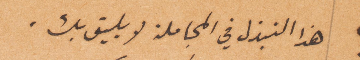
هذا النزل في المجاملة لا يليق بك.